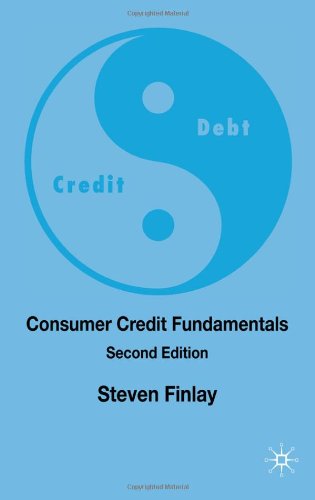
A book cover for Consumer Credit Fundamentals; Steven Finlay; Business & Money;